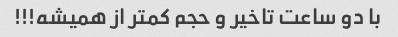
با دو ساعت تاخیر و حجم کمتر از همیشه!!!